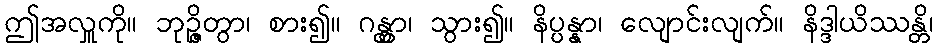
ဤအလှူကို။ ဘုဉ္ဇိတွာ၊ စား၍။ ဂန္တွာ၊ သွား၍။ နိပ္ပန္နာ၊ လျောင်းလျက်။ နိဒ္ဒါယိဿန္တိ၊